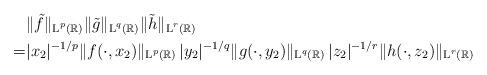
LaTeX: \begin{align*}& \|\tilde{f}\|_{\textup{L}^p(\mathbb{R})}\|\tilde{g}\|_{\textup{L}^q(\mathbb{R})}\|\tilde{h}\|_{\textup{L}^r(\mathbb{R})} \\ = & |x_2|^{-1/p} \|f(\cdot,x_2)\|_{\textup{L}^p(\mathbb{R})}\, |y_2|^{-1/q} \|g(\cdot,y_2)\|_{\textup{L}^q(\mathbb{R})}\, |z_2|^{-1/r} \|h(\cdot,z_2)\|_{\textup{L}^r(\mathbb{R})}\end{align*}